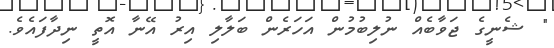
" ޝެނީގެ ޖަވާބެއް ނުލިބުމުން އަހަރެން ބަލާލި އިރު އޭނާ އޮތީ ނިދާފައެވެ.